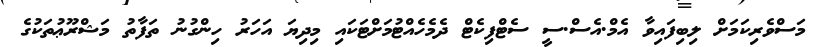
މަސްވެރިކަމަށް ލިބިފައިވާ އެމް.އެސް.ސީ ސެޓްފިކެޓް ދެމެހެއްޓުމަށްޓަކައި މިދިޔަ އަހަރު ހިންގުނު ތަފާތު މަޝްރޫޢުތަކުގެ